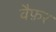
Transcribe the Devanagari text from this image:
वैफ़र